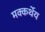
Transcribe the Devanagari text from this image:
मक्कर्थेय